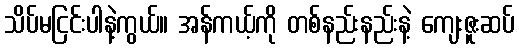
သိပ်မငြင်းပါနဲ့ကွယ်။ အန်ကယ့်ကို တစ်နည်းနည်းနဲ့ ကျေးဇူးဆပ်